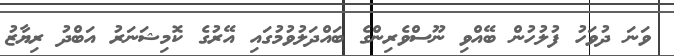
ވަނަ ދުވަހު ފުލުހުން ބޭއްވި ނޫސްވެރިންގެ ބައްދަލުވުމުގައި އޭރުގެ ކޮމިޝަނަރު އަބްދު ރިޔާޒު